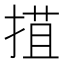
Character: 𢯽